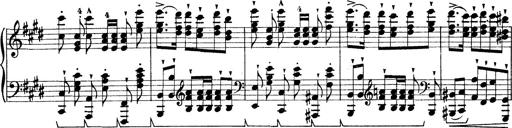
Title: Rapsodie: 19 ungheresi, 1 spagnuola
Composer: Franz Liszt